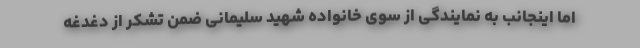
اما اینجانب به نمایندگی از سوی خانواده شهید سلیمانی ضمن تشکر از دغدغه